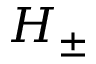
H _ { \pm }